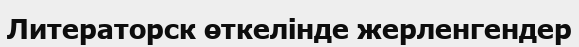
Литераторск өткелінде жерленгендер